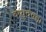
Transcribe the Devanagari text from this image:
वायुदेवता